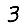
Digit: 3